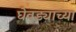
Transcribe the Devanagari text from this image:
घेवड्याच्या